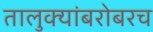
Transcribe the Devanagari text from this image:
तालुक्यांबरोबरच